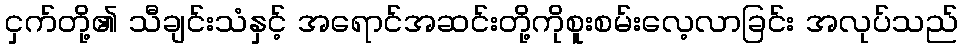
ငှက်တို့၏ သီချင်းသံနှင့် အရောင်အဆင်းတို့ကိုစူးစမ်းလေ့လာခြင်း အလုပ်သည်